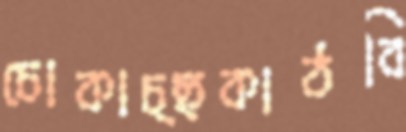
চোকাচ্ছকাঠবি